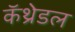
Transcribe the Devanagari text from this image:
कॅथ्रेडल